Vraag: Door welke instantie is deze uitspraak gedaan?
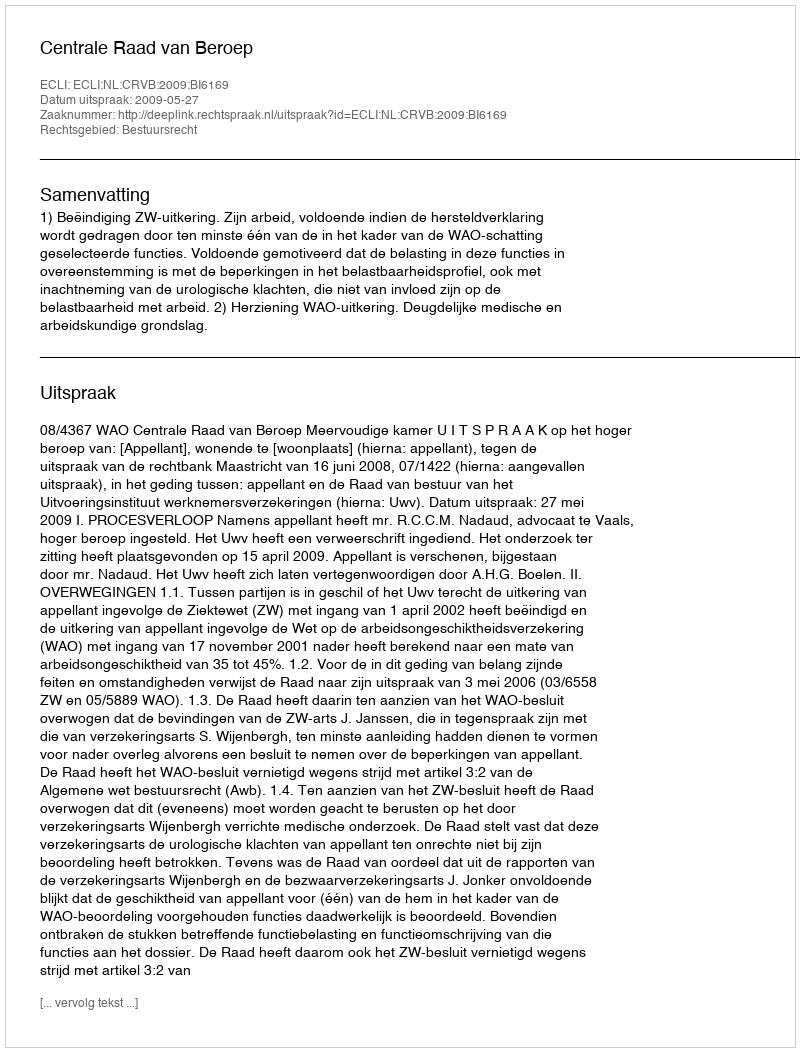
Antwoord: Centrale Raad van Beroep